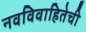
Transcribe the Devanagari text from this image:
नवविवाहितेची